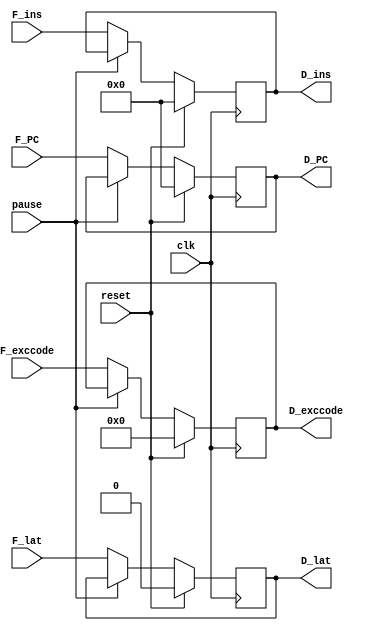
module IF2ID(
    input reset, clk, pause,
    input [31:0] F_ins, F_PC, 
    input [4:0] F_exccode,
    input F_lat,
    output reg[31:0] D_ins, D_PC,
    output reg [4:0] D_exccode,
    output reg D_lat
);
    
    initial begin
        D_ins = 0;
        D_PC = 0;
        D_lat = 0;
        D_exccode = 0;
    end

    always @(posedge clk) begin
        if (reset) begin
            D_ins = 0;
            D_PC = 0;
            D_lat = 0;
            D_exccode = 0;
        end
        else if(!pause) begin
            D_ins <= F_ins;
            D_PC <= F_PC;
            D_lat <= F_lat;
            D_exccode <= F_exccode;
        end
    end

endmodule